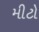
મીટો